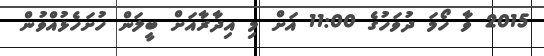
2015 ވާ ހޯމަ ދުވަހުގެ 11:00 އަށް މި އިދާރާއަށް ބީލަން ހުށަހެޅުއްވުން